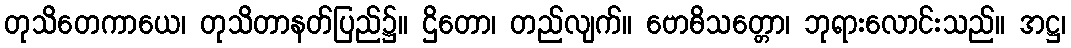
တုသိတေကာယေ၊ တုသိတာနတ်ပြည်၌။ ဌိတော၊ တည်လျက်။ ဗောဓိသတ္တော၊ ဘုရားလောင်းသည်။ အဋ္ဌ၊